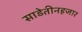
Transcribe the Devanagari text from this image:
साडेतीनहजार